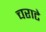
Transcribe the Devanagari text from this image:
चराटे